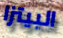
البيتزا